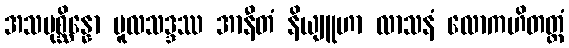
အသမုစ္ဆိန္နော မူလသဒ္ဒဿ အာနီတံ နိယျူဟာ လာသနံ လောကဟိတတ္ထံ